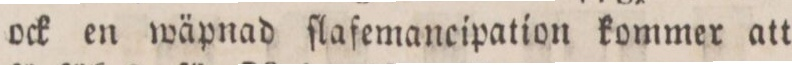
ock en wäpnad ſlafemancipation kommer att